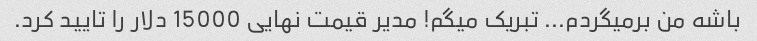
باشه من برمیگردم... تبریک میگم! مدیر قیمت نهایی 15000 دلار را تایید کرد.